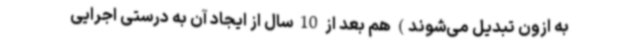
به ازون تبدیل می‌شوند) هم بعد از 10 سال از ایجاد آن به درستی اجرایی